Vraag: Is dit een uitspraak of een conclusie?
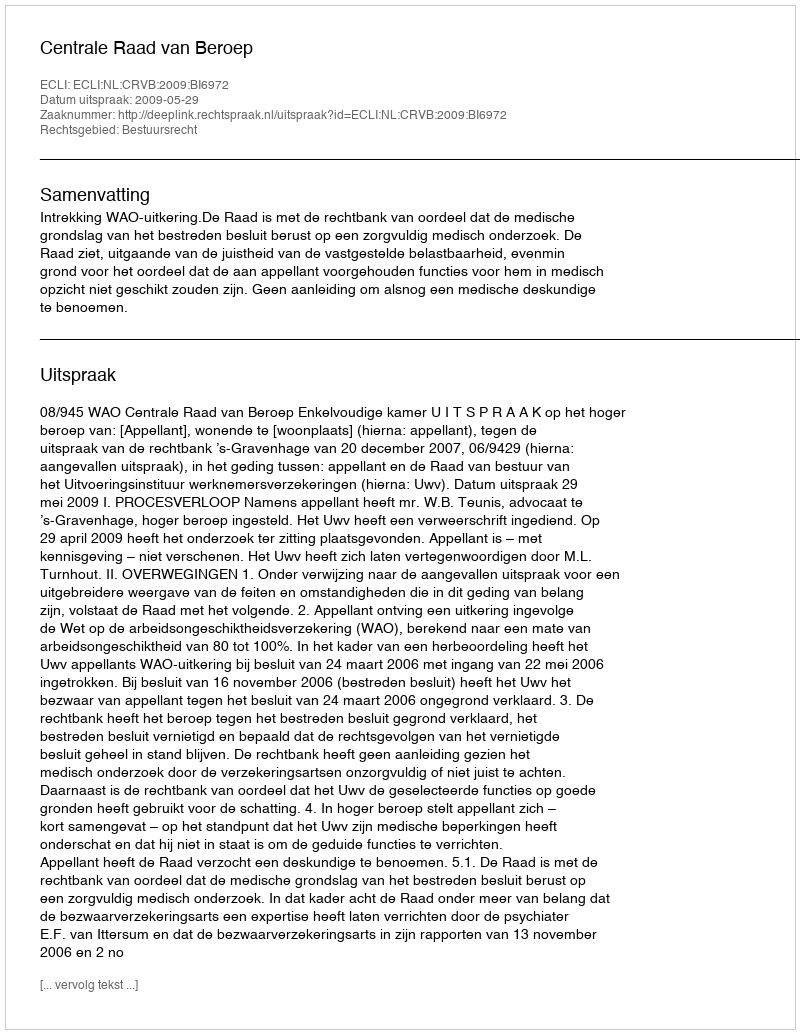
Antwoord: Uitspraak